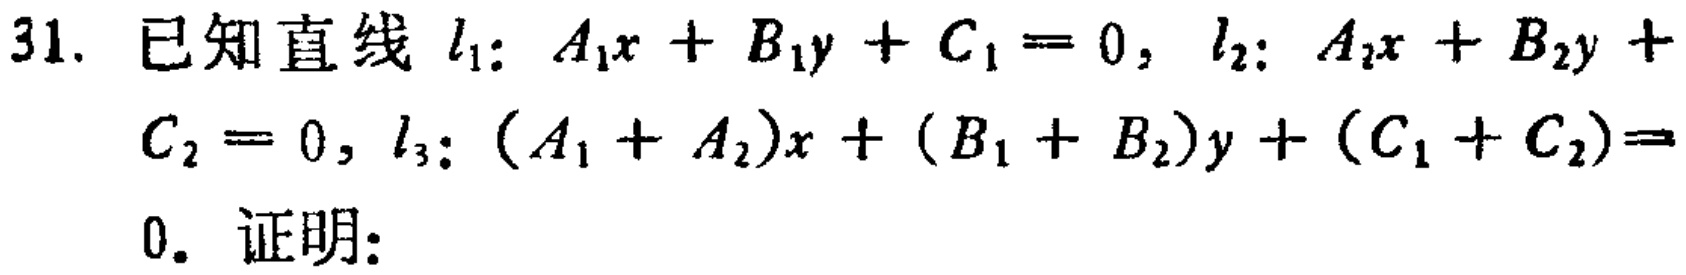
31. 已知直线 \(l_{1}:A_{1}x + B_{1}y + C_{1}=0\)，\(l_{2}:A_{2}x + B_{2}y + C_{2}=0\)，\(l_{3}:(A_{1} + A_{2})x + (B_{1} + B_{2})y + (C_{1} + C_{2}) = 0\). 证明: